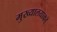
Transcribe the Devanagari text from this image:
मुख्यालयाकडे